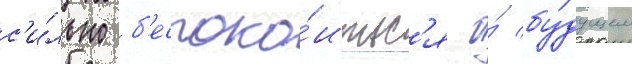
с'и́льно б'еспоко́итьс'я о́ бу́дущем